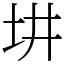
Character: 㘫